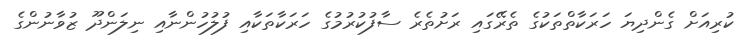
ކުރިއަށް ގެންދިޔަ ހަރަކާތްތަކުގެ ތެރޭގައި ރަށުތެރެ ސާފުކުރުމުގެ ހަރަކާތަކާއި ފުލުހުންނާއި ނިލަންދޫ ޒުވާނުންގެ